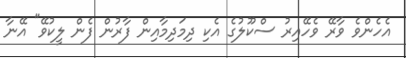
އެހެންވެ ވާރޭ ވެހޭއިރު ސްކޫލުގެ އެކި ދިމަދިމާއިން ފާރުން ފެން ލީކުވޭ" އޭނާ